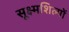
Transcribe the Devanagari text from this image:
सूक्ष्मशिल्पों